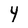
Character: 4